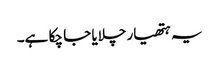
یہ ہتھیار چلایا جا چکا ہے۔